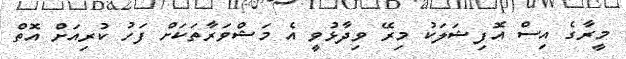
މީރާގެ އިސް އޮފިޝަލަކު މިރޭ ވިދާޅުވީ އެ މަޝްވަރާތަކަށް ފަހު ކުރިއަށް އޮތް